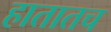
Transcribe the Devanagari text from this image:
हातातच